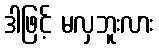
ဒါဖြင့် မလှဘူးလား